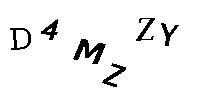
D4MZZY